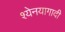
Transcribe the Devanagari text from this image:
श्येनयागादी